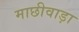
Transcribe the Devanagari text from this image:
माछीवाड़ा